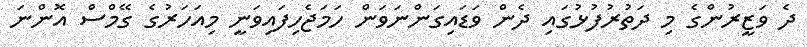
ދެ ވަޒީރުންގެ މި ދަތުރުފުޅުގައި ދެން ވަޑައިގަންނަވަން ހަމަޖެހިފައިވަނީ މިއަހަރުގެ ގޭމްސް އޮންނަ